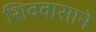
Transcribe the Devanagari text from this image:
शिववासाने